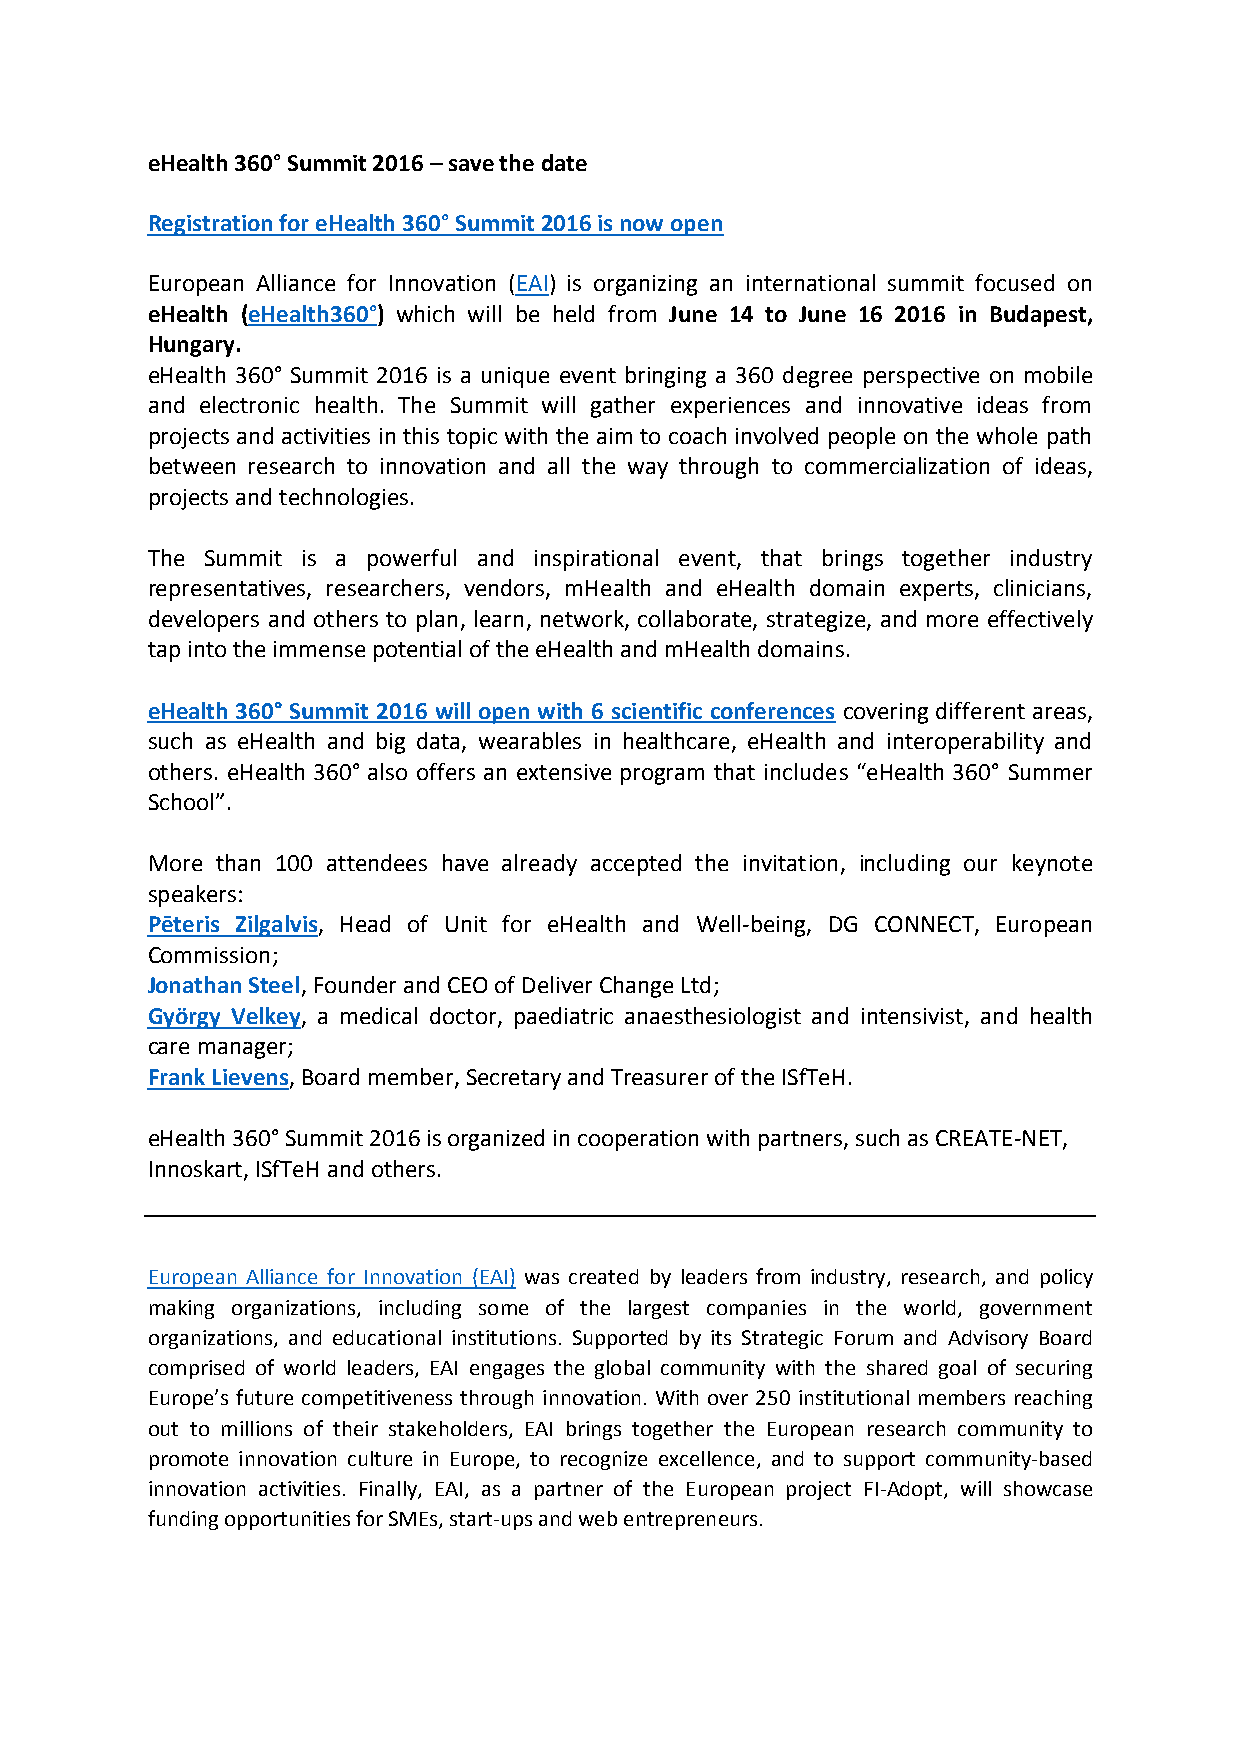
eHealth 360° Summit 2016 – save the date
 Registration for eHealth 360° Summit 2016 is now open
 European Alliance for Innovation (EAI) is organizing an international summit focused on
 eHealth (eHealth360°) which will be held from June 14 to June 16 2016 in Budapest,
 Hungary.
 eHealth 360° Summit 2016 is a unique event bringing a 360 degree perspective on mobile
 and electronic health. The Summit will gather experiences and innovative ideas from
 projects and activities in this topic with the aim to coach involved people on the whole path
 between research to innovation and all the way through to commercialization of ideas,
 projects and technologies.
 The Summit is a powerful and inspirational event, that brings together industry
 representatives, researchers, vendors, mHealth and eHealth domain experts, clinicians,
 developers and others to plan, learn, network, collaborate, strategize, and more effectively
 tap into the immense potential of the eHealth and mHealth domains.
 eHealth 360° Summit 2016 will open with 6 scientific conferences covering different areas,
 such as eHealth and big data, wearables in healthcare, eHealth and interoperability and
 others. eHealth 360° also offers an extensive program that includes “eHealth 360° Summer
 School”.
 More than 100 attendees have already accepted the invitation, including our keynote
 speakers:
 Pēteris Zilgalvis, Head of Unit for eHealth and Well-being, DG CONNECT, European
 Commission;
 Jonathan Steel, Founder and CEO of Deliver Change Ltd;
 György Velkey, a medical doctor, paediatric anaesthesiologist and intensivist, and health
 care manager;
 Frank Lievens, Board member, Secretary and Treasurer of the ISfTeH.
 eHealth 360° Summit 2016 is organized in cooperation with partners, such as CREATE-NET,
 Innoskart, ISfTeH and others.
 European Alliance for Innovation (EAI) was created by leaders from industry, research, and policy
 making organizations, including some of the largest companies in the world, government
 organizations, and educational institutions. Supported by its Strategic Forum and Advisory Board
 comprised of world leaders, EAI engages the global community with the shared goal of securing
 Europe’s future competitiveness through innovation. With over 250 institutional members reaching
 out to millions of their stakeholders, EAI brings together the European research community to
 promote innovation culture in Europe, to recognize excellence, and to support community-based
 innovation activities. Finally, EAI, as a partner of the European project FI-Adopt, will showcase
 funding opportunities for SMEs, start-ups and web entrepreneurs.